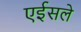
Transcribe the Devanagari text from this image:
एईसले